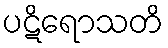
ပဋိရောသတိ